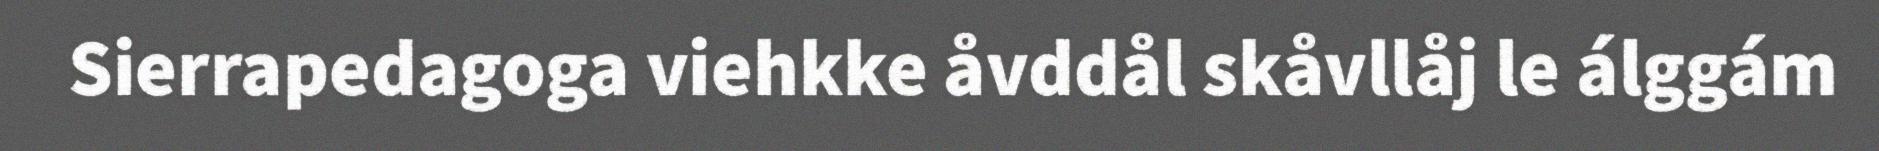
Sierrapedagoga viehkke åvddål skåvllåj le álggám